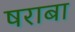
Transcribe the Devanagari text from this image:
षराबा